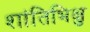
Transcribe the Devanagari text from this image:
शांतिभिक्षु